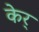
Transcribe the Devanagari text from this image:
केर्